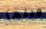
ويلما